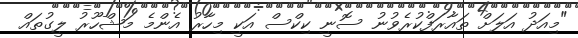
"މިއަދު އަލަށް ތައާރަފްކުރެވުނު ސޮނީ ކިކްސް އަކީ މިހާރު އެންމެ މަޝްހޫރު ލީގުތައް